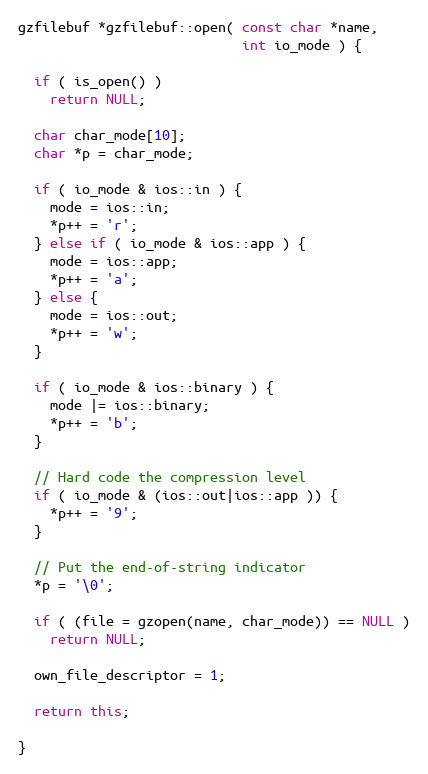
Language: C++
gzfilebuf *gzfilebuf::open( const char *name,
                            int io_mode ) {

  if ( is_open() )
    return NULL;

  char char_mode[10];
  char *p = char_mode;

  if ( io_mode & ios::in ) {
    mode = ios::in;
    *p++ = 'r';
  } else if ( io_mode & ios::app ) {
    mode = ios::app;
    *p++ = 'a';
  } else {
    mode = ios::out;
    *p++ = 'w';
  }

  if ( io_mode & ios::binary ) {
    mode |= ios::binary;
    *p++ = 'b';
  }

  // Hard code the compression level
  if ( io_mode & (ios::out|ios::app )) {
    *p++ = '9';
  }

  // Put the end-of-string indicator
  *p = '\0';

  if ( (file = gzopen(name, char_mode)) == NULL )
    return NULL;

  own_file_descriptor = 1;

  return this;

}